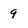
Character: 9